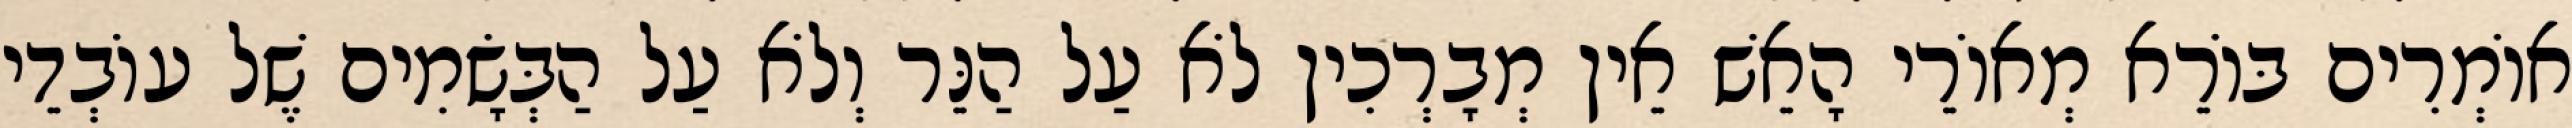
אוֹמְרִים בּוֹרֵא מְאוֹרֵי הָאֵשׁ אֵין מְבָרְכִין לֹא עַל הַנֵּר וְלֹא עַל הַבְּשָׂמִים שֶׁל עוֹבְדֵי